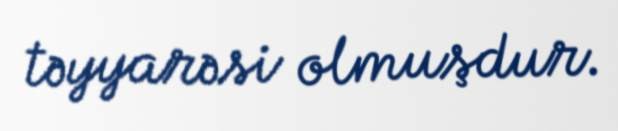
təyyarəsi olmuşdur.